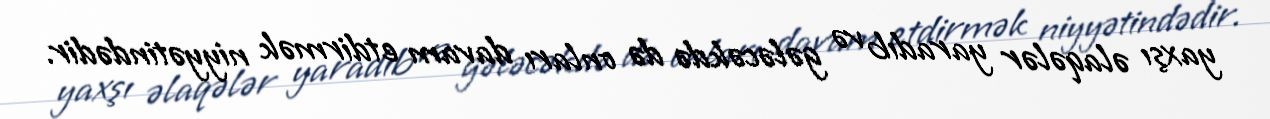
yaxşı əlaqələr yaradıb və gələcəkdə də onları davam etdirmək niyyətindədir.